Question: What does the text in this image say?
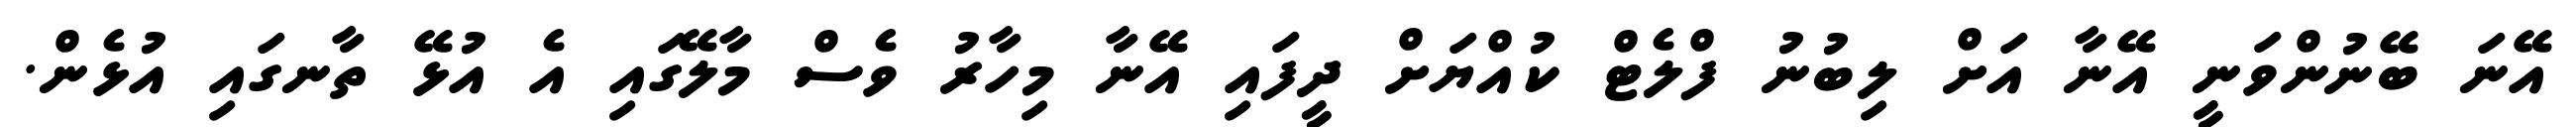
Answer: އޭނަ ބޭނުންވަނީ އޭނާ އަށް ލިބުނު ފްލެޓް ކުއްޔަށް ދީފައި އޭނާ މިހާރު ވެސް މާލޭގައި އެ އުޅޭ ތާނގައި އުޅެން.